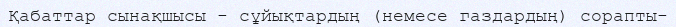
Қабаттар сынақшысы - сұйықтардың (немесе газдардың) сорапты-